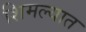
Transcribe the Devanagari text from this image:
शिमल्यात